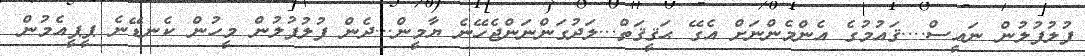
ފުލުފުލުން ނައީސް....ޤައުމުގެ އެންމެންނަށް އެގޭ ޙަޤީޤަތް...ލަދުގަންނަންޖެހޭނެ ޔާމީން...ދެން ފުލުފުލުން މީހުން ކެނޑޭނެ ޕީޕީއެމުން